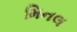
મિનલ